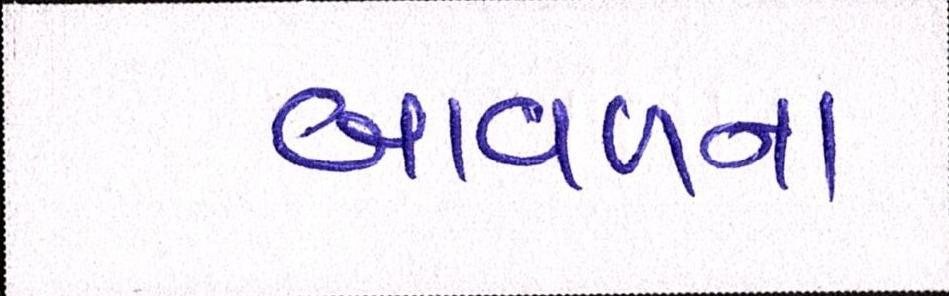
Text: બાવળના